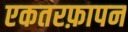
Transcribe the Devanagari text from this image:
एकतरफ़ापन